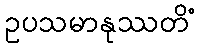
ဥပသမာနုဿတိံ